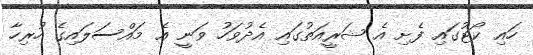
ހައި ކޯޓުގައި ފެށި އެ ޝަރީއަތުގައި އެދުވަހު ވަނީ އެ މައްސަލައިގެ ހުރިހާ